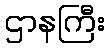
ဌာနကြီး